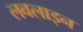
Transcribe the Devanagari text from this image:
लवलाइन